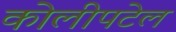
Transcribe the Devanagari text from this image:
कोलीपटेल